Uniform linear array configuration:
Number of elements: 8
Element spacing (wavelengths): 1
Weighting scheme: exponential
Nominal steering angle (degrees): -60
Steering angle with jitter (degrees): -58.68
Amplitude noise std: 0.05
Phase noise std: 0.05

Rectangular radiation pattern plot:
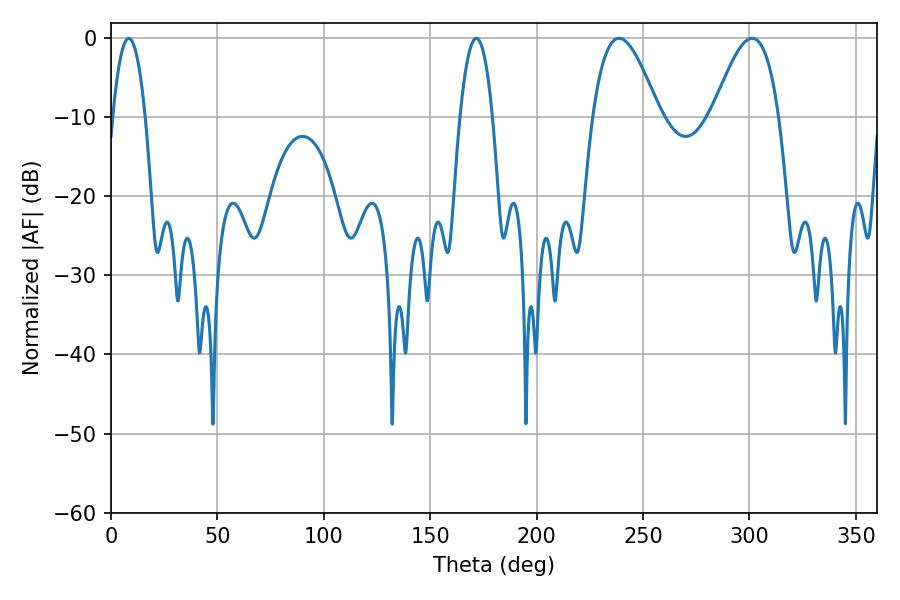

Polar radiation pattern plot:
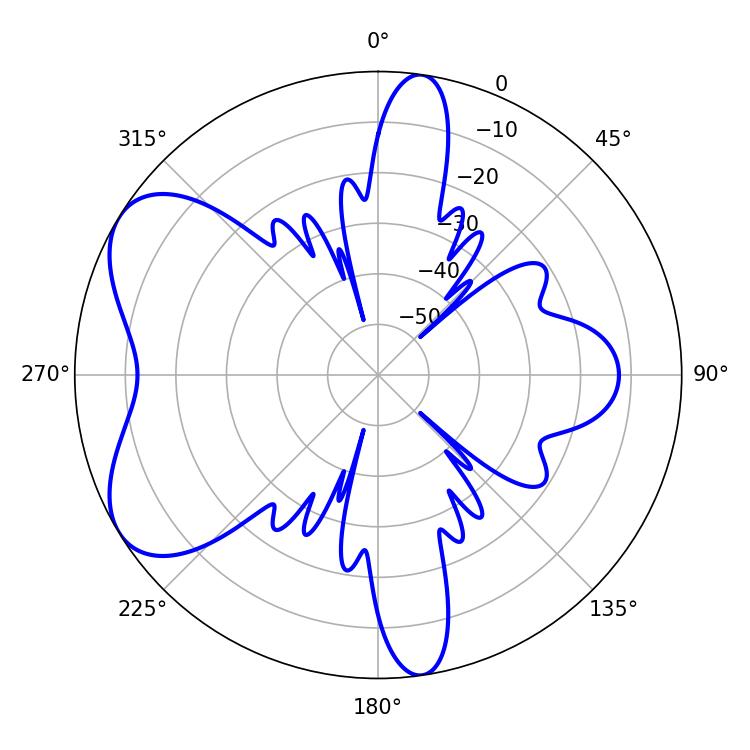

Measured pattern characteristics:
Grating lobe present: TRUE
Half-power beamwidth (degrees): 16.92
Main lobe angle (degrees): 238.68